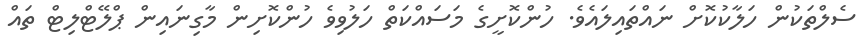
ސެލްތަކުން ހަލާކުކޮށް ނައްތައިލައެވެ. ހުންކޮށީގެ މަސައްކަތް ހަލުވިވެ ހުންކޮށިން މާގިނައިން ޕްލޭޓްލިޓް ތައް